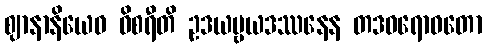
ဈာနာနိယေဝ ဝိစရီတိ ဥဒယဗ္ဗယဒဿနေန တဒဝရောဓတော